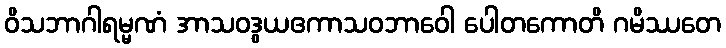
ဝိသဘာဂါရမ္မဏံ အာသဝဒွယဧကာသဝဘာဝေါ ပေါတကောတိ ဂမိဿတေ